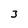
Character: 3